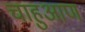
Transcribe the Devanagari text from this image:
चाहुआण